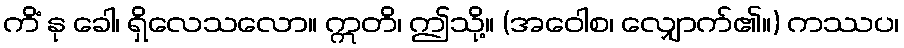
ကိံ နု ခေါ၊ ရှိလေသလော။ ဣတိ၊ ဤသို့။ (အဝေါစ၊ လျှောက်၏။) ကဿပ၊